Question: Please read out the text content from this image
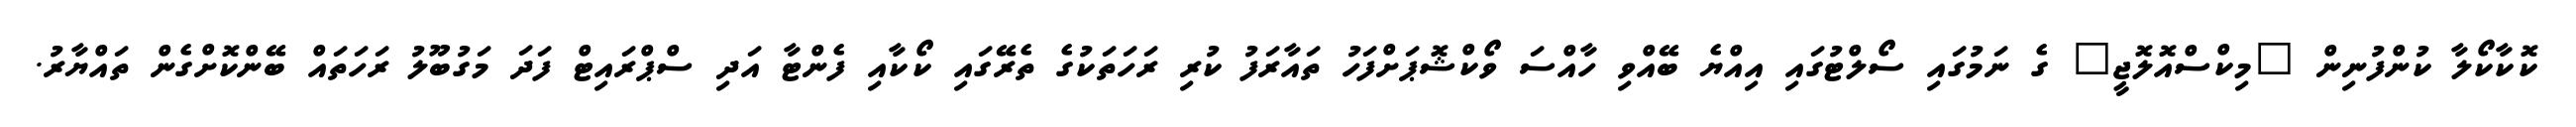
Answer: ކޮކާކޯލާ ކުންފުނިން "މިކްސްއޮލޮޖީ" ގެ ނަމުގައި ސޯލްޓުގައި އިއްޔެ ބޭއްވި ހާއްސަ ވޯކްޝޮޕަށްފަހު ތައާރަފު ކުރި ރަހަތަކުގެ ތެރޭގައި ކޯކާއި ފެންޓާ އަދި ސްޕްރައިޓް ފަދަ މަގުބޫލު ރަހަތައް ބޭންކޮށްގެން ތައްޔާރު.